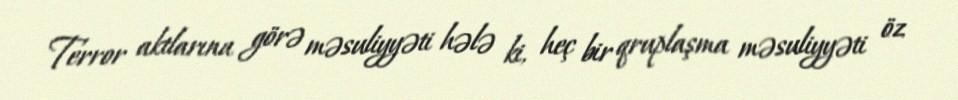
Terror aktlarına görə məsuliyyəti hələ ki, heç bir qruplaşma məsuliyyəti öz